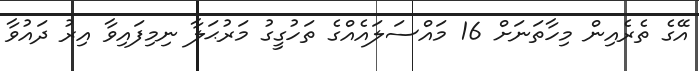
އޭގެ ތެރެއިން މިހާތަނަށް 16 މައްސަލައެއްގެ ތަހުގީގު މަރުޙަލާ ނިމިފައިވާ އިރު ދައުވާ